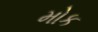
મોક